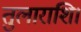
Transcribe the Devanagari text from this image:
तुलाराशि।